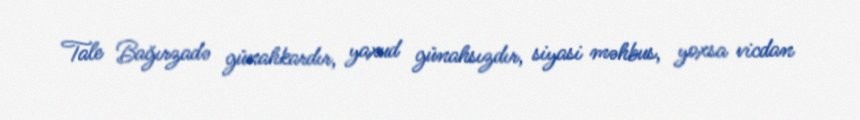
Tale Bağırzadə günahkardır, yaxud günahsızdır, siyasi məhbus, yoxsa vicdan